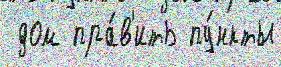
 дом пра́в'ить пу́нкты